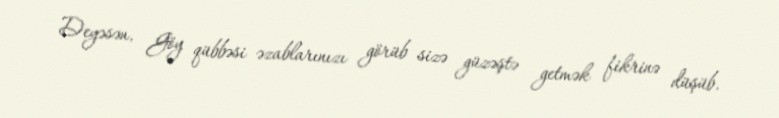
Deyəsən, Göy qübbəsi əzablarınızı görüb sizə güzəştə getmək fikrinə düşüb.